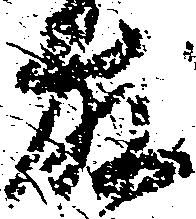
藤